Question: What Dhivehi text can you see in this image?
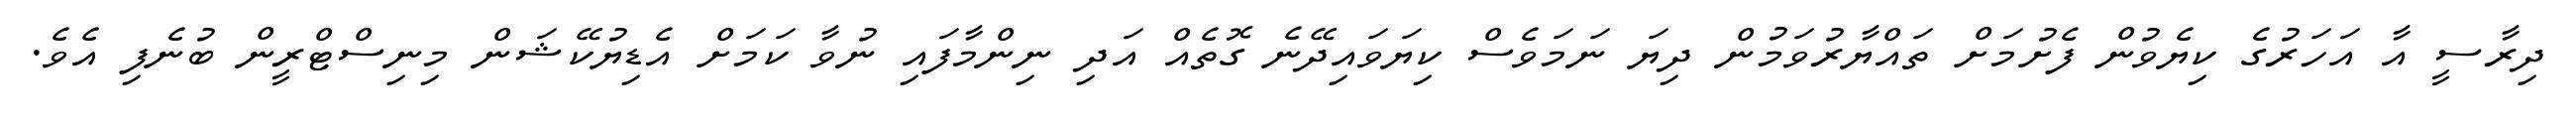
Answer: ދިރާސީ އާ އަހަރުގެ ކިޔެވުން ފެށުމަށް ތައްޔާރުވަމުން ދިޔަ ނަމަވެސް ކިޔަވައިދޭނެ ގޮތެއް އަދި ނިންމާފައި ނުވާ ކަމަށް އެޑިޔުކޭޝަން މިނިސްޓްރީން ބުނެފި އެވެ.